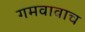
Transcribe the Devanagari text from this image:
गमवावाच